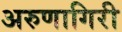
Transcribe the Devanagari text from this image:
अरुणागिरी